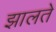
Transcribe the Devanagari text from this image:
झालते